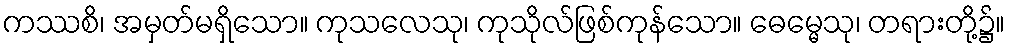
ကဿစိ၊ အမှတ်မရှိသော။ ကုသလေသု၊ ကုသိုလ်ဖြစ်ကုန်သော။ ဓေမ္မေသု၊ တရားတို့၌။